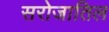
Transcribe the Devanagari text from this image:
सरोजातिल